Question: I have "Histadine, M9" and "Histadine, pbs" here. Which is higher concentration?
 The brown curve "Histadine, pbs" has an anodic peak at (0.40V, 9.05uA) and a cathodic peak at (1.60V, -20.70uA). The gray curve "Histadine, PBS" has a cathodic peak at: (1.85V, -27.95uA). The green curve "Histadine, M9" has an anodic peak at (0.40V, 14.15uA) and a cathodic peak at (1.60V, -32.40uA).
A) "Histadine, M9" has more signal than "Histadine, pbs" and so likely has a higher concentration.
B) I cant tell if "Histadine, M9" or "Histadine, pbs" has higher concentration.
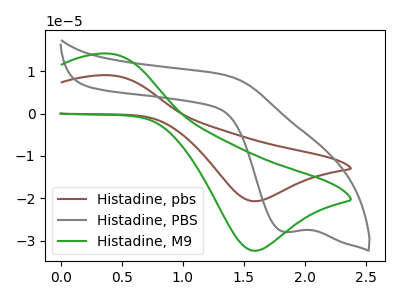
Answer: <think>All the peaks in "Histadine, M9" have a peak in "Histadine, pbs" at the same potential. Every peak in "Histadine, M9" is higher than every peak in "Histadine, pbs".
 </think>
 <answer>A) "Histadine, M9" has more signal than "Histadine, pbs" and so likely has a higher concentration.</answer>
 <eval>A</eval>